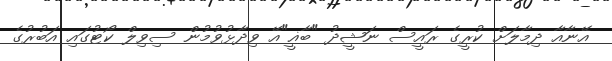
އޭނާއާ ދިމާލަށް ކުރީގެ ރައީސް ނަޝީދު "ބާޣީ"އޭ ވިދާޅުވުމުން ސިވިލް ކޯޓުގައި އަބުރުގެ